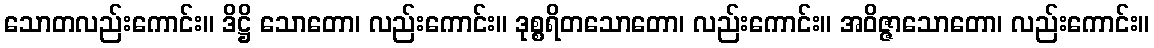
သောတလည်းကောင်း။ ဒိဋ္ဌိ သောတော၊ လည်းကောင်း။ ဒုစ္စရိတသောတော၊ လည်းကောင်း။ အဝိဇ္ဇာသောတော၊ လည်းကောင်း။